Indian journal of veterinary science and animal husbandry - Volumes 15-17, 1948-1951
Year: 1948
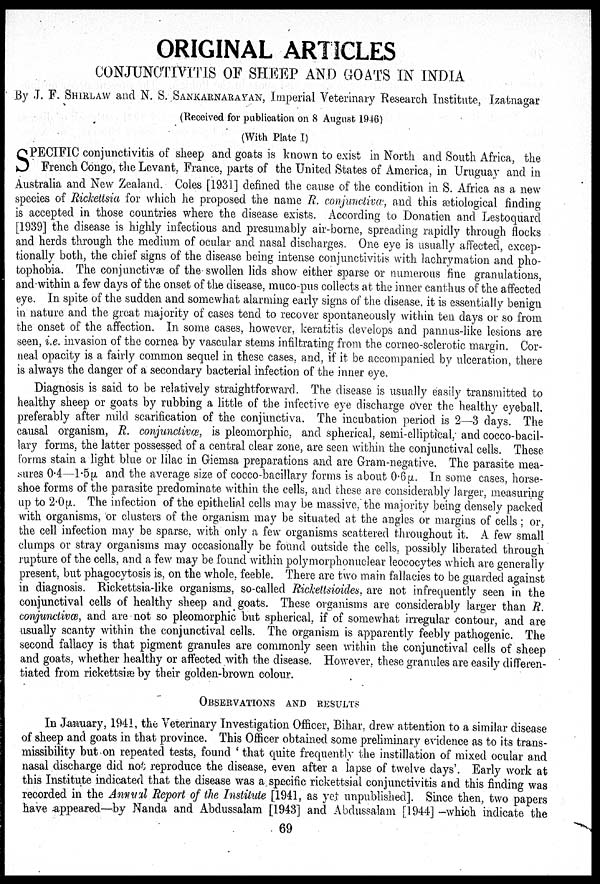
ORIGINAL ARTICLES
CONJUNCTIVITIS OF SHEEP AND GOATS IN INDIA
By J. F.SHIRLAWand N. S. SANKARNARAYAN, Imperial Veterinary Research Institute, Izatnagar
(Received for publication on 8 August 1946)
(With Plate I)
S PECIFIC conjunctivitis of sheep and goats is known to exist in North and South Africa, the
French Congo, the Levant, France, parts of the United States of America, in Uruguay and in
Australia and New Zealand. Coles [1931] defined the cause of the condition in S. Africa as a new
species of Rickettsia for which he proposed the name R. conjunctivæ, and this ætiological finding
is accepted in those countries where the disease exists. According to Donatien and Lestoquard
[1939] the disease is highly infectious and presumably air-borne, spreading rapidly through flocks
and herds through the medium of ocular and nasal discharges. One eye is usually affected, excep-
tionally both, the chief signs of the disease being intense conjunctivitis with lachrymation and pho-
tophobia. The conjunctivæ of the swollen lids show either sparse or numerous fine granulations,
and within a few days of the onset of the disease, muco-pus collects at the inner canthus of the affected
eye. In spite of the sudden and somewhat alarming early signs of the disease, it is essentially benign
in nature and the great majority of cases tend to recover spontaneously within ten days or so from
the onset of the affection. In some cases, however, keratitis develops and pannus-like lesions are
seen, i.e. invasion of the cornea by vascular stems infiltrating from the corneo-sclerotic margin. Cor-
neal opacity is a fairly common sequel in these cases, and, if it be accompanied by ulceration, there
is always the danger of a secondary bacterial infection of the inner eye.
Diagnosis is said to be relatively straightforward. The disease is usually easily transmitted to
healthy sheep or goats by rubbing a little of the infective eye discharge over the healthy eyeball.
preferably after mild scarification of the conjunctiva. The incubation period is 2—3 days. The
causal organism, R. conjunctivæ, is pleomorphic, and spherical, semi-elliptical, and cocco-bacil-
lary forms, the latter possessed of a central clear zone, are seen within the conjunctival cells. These
forms stain a light blue or lilac in Giemsa preparations and are Gram-negative. The parasite mea-
sures 0.4—1.5µ and the average size of cocco-bacillary forms is about 0.6µ. In some cases, horse-
shoe forms of the parasite predominate within the cells, and these are considerably larger, measuring
up to 2.0µ. The infection of the epithelial cells may be massive, the majority being densely packed
with organisms, or clusters of the organism may be situated at the angles or margins of cells; or,
the cell infection may be sparse, with only a few organisms scattered throughout it. A few small
clumps or stray organisms may occasionally be found outside the cells, possibly liberated through
rupture of the cells, and a few may be found within polymorphonuclear leococytes which are generally
present, but phagocytosis is, on the whole, feeble. There are two main fallacies to be guarded against
in diagnosis. Rickettsia-like organisms, so-called Rickettsioides, are not infrequently seen in the
conjunctival cells of healthy sheep and goats. These organisms are considerably larger than R.
conjunctivæ, and are not so pleomorphic but spherical, if of somewhat irregular contour, and are
usually scanty within the conjunctival cells. The organism is apparently feebly pathogenic. The
second fallacy is that pigment granules are commonly seen within the conjunctival cells of sheep
and goats, whether healthy or affected with the disease. However, these granules are easily differen-
tiated from rickettsiæ by their golden-brown colour.
OBSERVATIONS AND RESULTS
In January, 1941, the Veterinary Investigation Officer, Bihar, drew attention to a similar disease
of sheep and goats in that province. This Officer obtained some preliminary evidence as to its trans-
missibility but on repeated tests, found 'that quite frequently the instillation of mixed ocular and
nasal discharge did not reproduce the disease, even after a lapse of twelve days'. Early work at
this Institute indicated that the disease was a specific rickettsial conjunctivitis and this finding was
recorded in the Annual Report of the Institute [1941, as yet unpublished]. Since then, two papers
have appeared—by Nanda and Abdussalam [1943] and Abdussalam [1944] -which indicate the
69